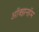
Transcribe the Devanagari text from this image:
ऑक्झनहॅम